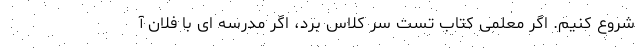
شروع کنیم. اگر معلمی کتاب تست سر کلاس برد، اگر مدرسه ای با فلان آ